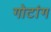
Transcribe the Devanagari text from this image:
गोटांग